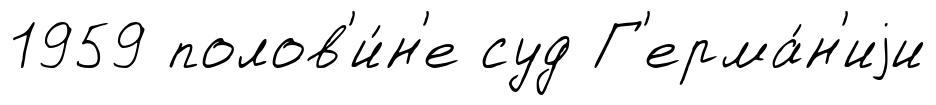
1959 полов'и́н'е суд Г'ерма́н'иjи